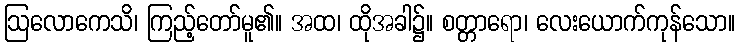
ဩလောကေသိ၊ ကြည့်တော်မူ၏။ အထ၊ ထိုအခါ၌။ စတ္တာရော၊ လေးယောက်ကုန်သော။